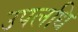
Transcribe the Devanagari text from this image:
उपलधि